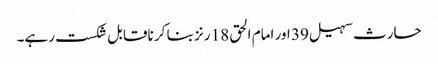
حارث سہیل 39 اور امام الحق 18 رنز بنا کر ناقابل شکست رہے۔